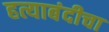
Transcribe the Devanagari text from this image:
हत्याबंदीचा